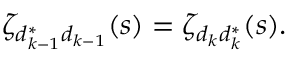
\zeta _ { d _ { k - 1 } ^ { * } d _ { k - 1 } } ( s ) = \zeta _ { d _ { k } d _ { k } ^ { * } } ( s ) .